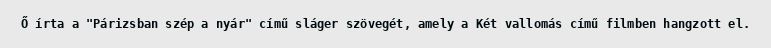
Ő írta a "Párizsban szép a nyár" című sláger szövegét, amely a Két vallomás című filmben hangzott el.